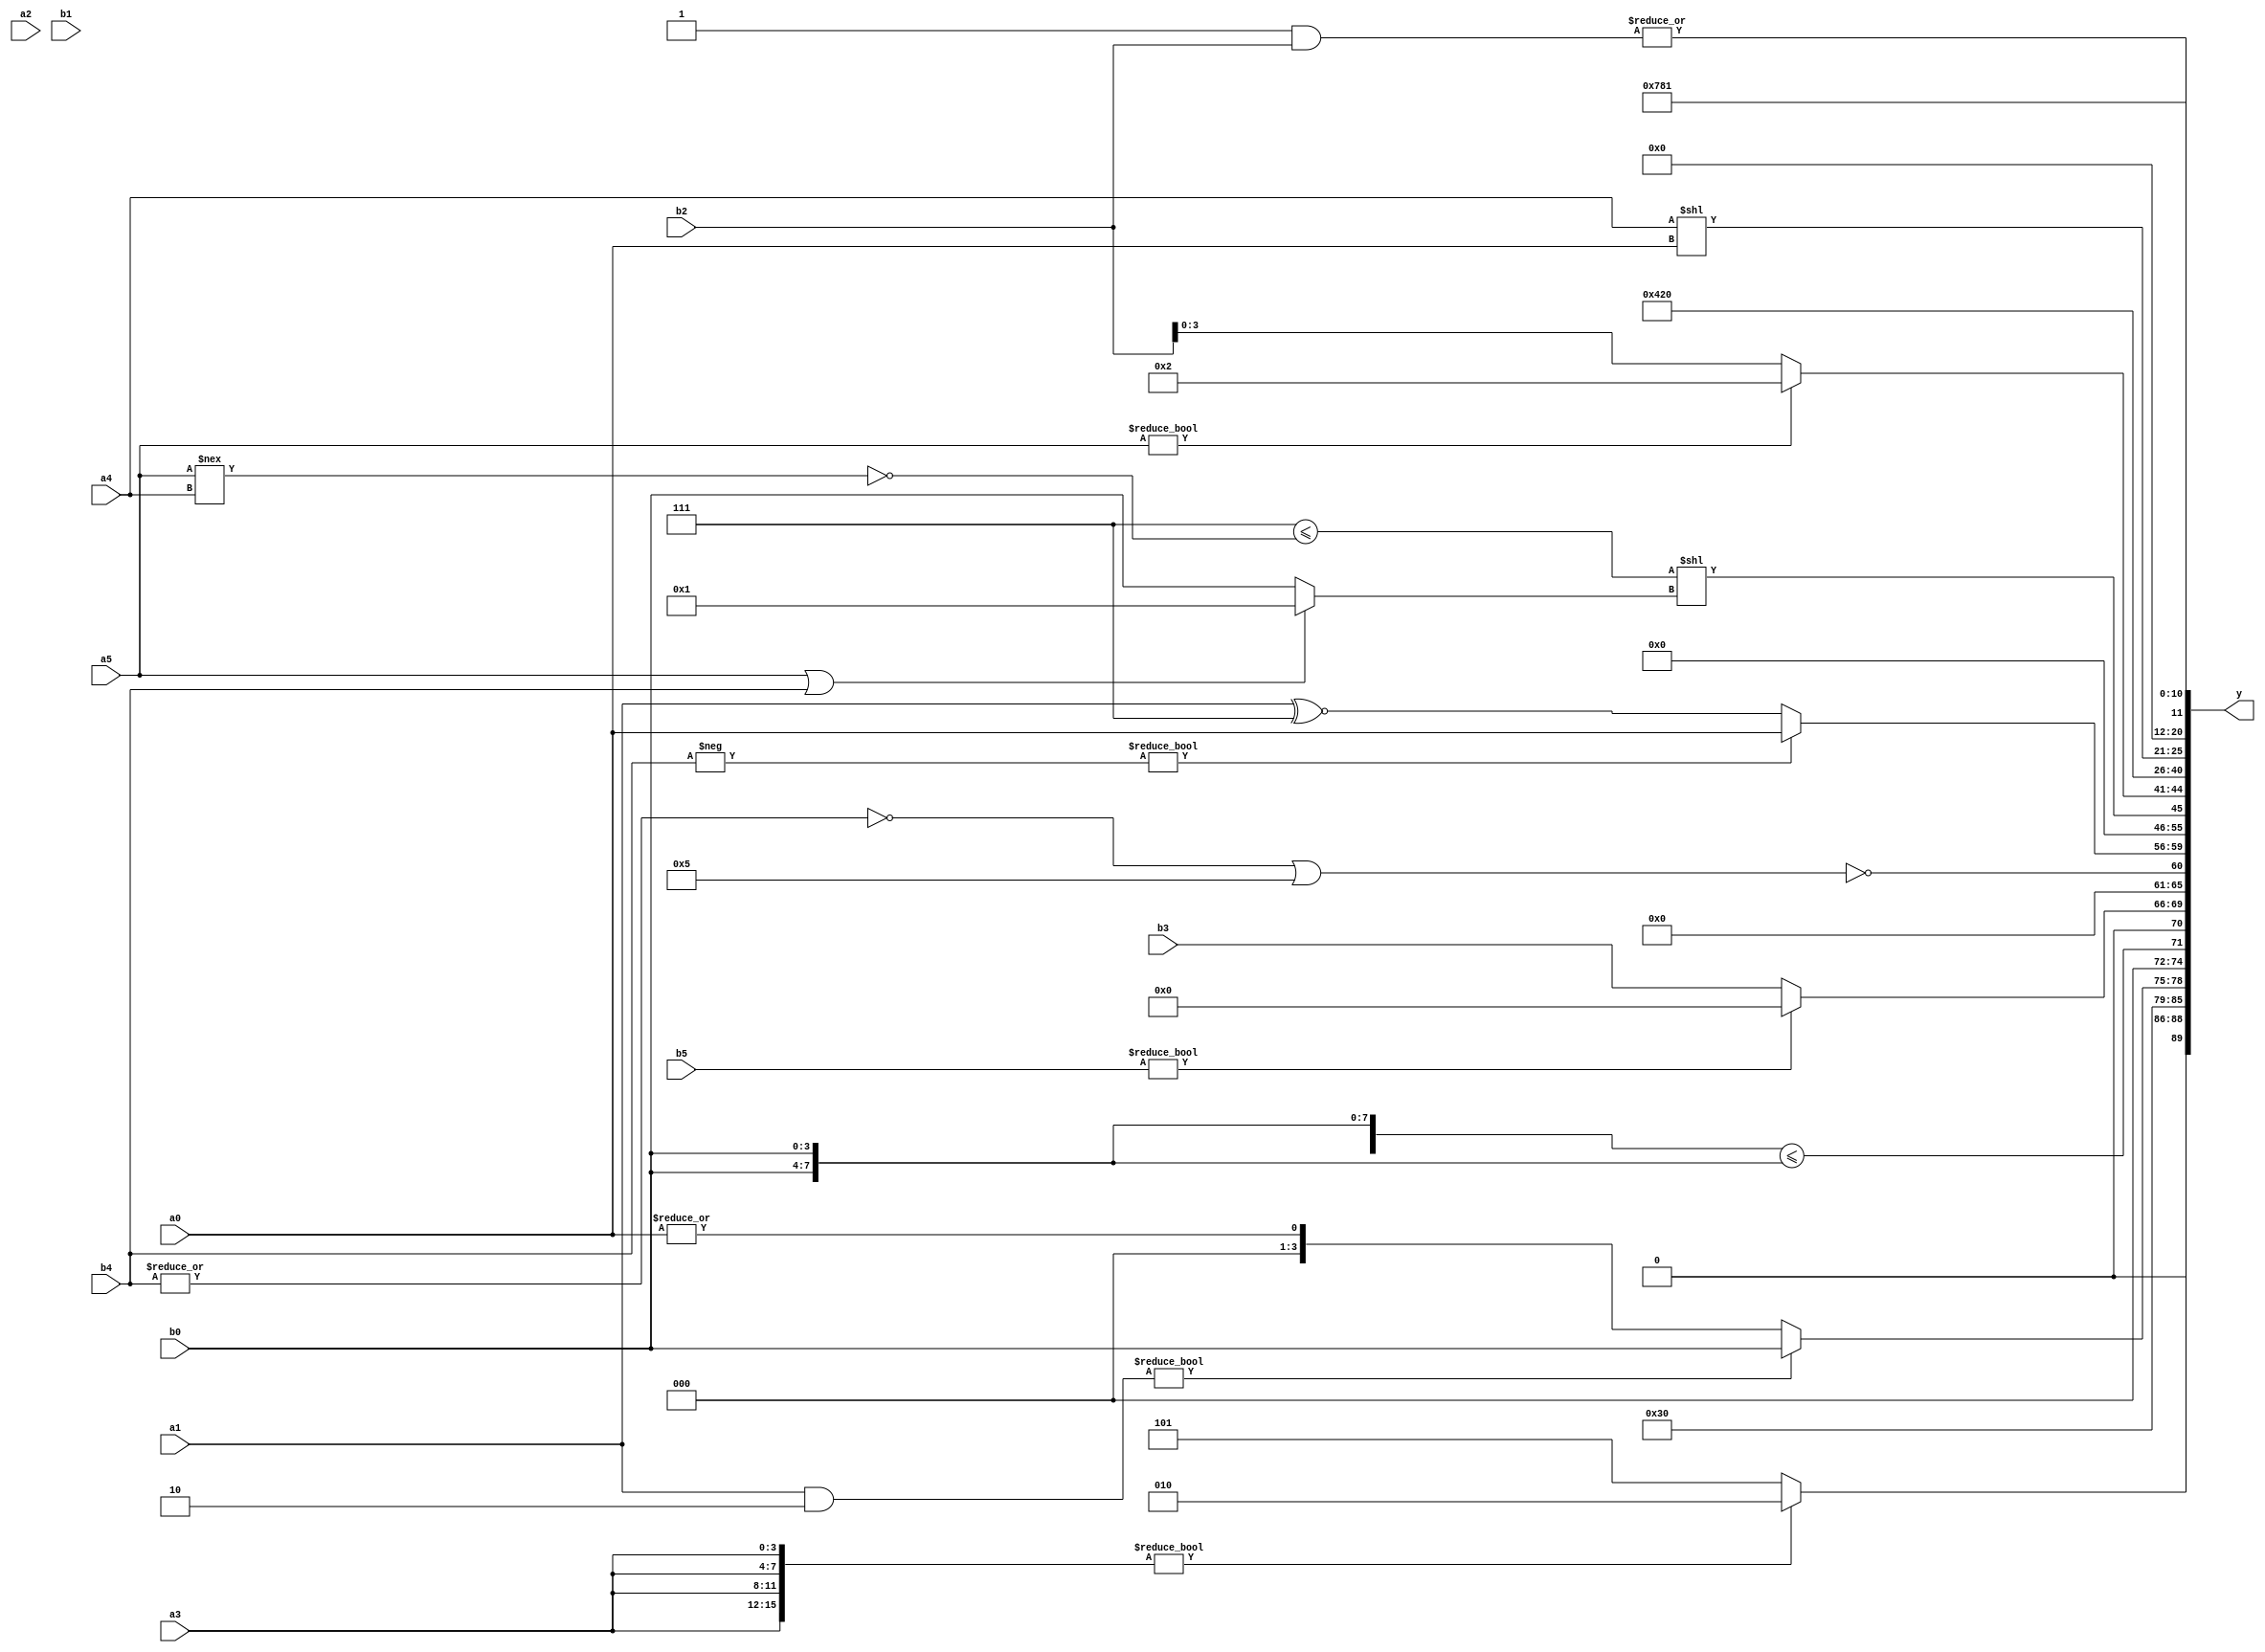
module expression_00121(a0, a1, a2, a3, a4, a5, b0, b1, b2, b3, b4, b5, y);
  input [3:0] a0;
  input [4:0] a1;
  input [5:0] a2;
  input signed [3:0] a3;
  input signed [4:0] a4;
  input signed [5:0] a5;

  input [3:0] b0;
  input [4:0] b1;
  input [5:0] b2;
  input signed [3:0] b3;
  input signed [4:0] b4;
  input signed [5:0] b5;

  wire [3:0] y0;
  wire [4:0] y1;
  wire [5:0] y2;
  wire signed [3:0] y3;
  wire signed [4:0] y4;
  wire signed [5:0] y5;
  wire [3:0] y6;
  wire [4:0] y7;
  wire [5:0] y8;
  wire signed [3:0] y9;
  wire signed [4:0] y10;
  wire signed [5:0] y11;
  wire [3:0] y12;
  wire [4:0] y13;
  wire [5:0] y14;
  wire signed [3:0] y15;
  wire signed [4:0] y16;
  wire signed [5:0] y17;

  output [89:0] y;
  assign y = {y0,y1,y2,y3,y4,y5,y6,y7,y8,y9,y10,y11,y12,y13,y14,y15,y16,y17};

  localparam [3:0] p0 = ((3'd2)||(3'sd3));
  localparam [4:0] p1 = (4'd2);
  localparam [5:0] p2 = (((4'd2 * (4'd15))>=(5'd2 * (2'd1)))>>(((4'd5)?(-5'sd8):(-5'sd13))?((5'd24)?(-4'sd5):(-2'sd1)):((5'd0)?(-3'sd0):(3'd4))));
  localparam signed [3:0] p3 = (~|((-3'sd2)?(5'd15):(5'd11)));
  localparam signed [4:0] p4 = {(3'd0)};
  localparam signed [5:0] p5 = {4{(((4'd11)!=(3'd2))-((3'd7)>=(5'd3)))}};
  localparam [3:0] p6 = ((5'd31)&(-3'sd0));
  localparam [4:0] p7 = ({2{(4'd7)}}?(|(~^(3'd3))):(~(|(-3'sd0))));
  localparam [5:0] p8 = ((2'sd0)?(5'd18):(-4'sd5));
  localparam signed [3:0] p9 = (-3'sd1);
  localparam signed [4:0] p10 = {3{((-3'sd0)!==(3'd3))}};
  localparam signed [5:0] p11 = {(~|(~^(4'sd4))),{{(5'd6)}},((3'd7)^(-4'sd5))};
  localparam [3:0] p12 = (~&(~(^(2'sd1))));
  localparam [4:0] p13 = (~&((~^((-5'sd7)?(-3'sd1):(2'd1)))?(!((5'd1)&&(2'd1))):((|(2'd0))|((-2'sd0)-(-4'sd7)))));
  localparam [5:0] p14 = (2'd3);
  localparam signed [3:0] p15 = (-5'sd11);
  localparam signed [4:0] p16 = ((((5'd27)-(3'd6))?((2'd2)?(-3'sd0):(-2'sd0)):((-5'sd5)!=(3'd7)))+(((3'd2)?(2'd3):(5'sd9))?{2{(4'sd5)}}:((-4'sd1)?(2'd1):(4'd1))));
  localparam signed [5:0] p17 = ((((2'd2)>=(4'd4))===((-4'sd4)&(4'd9)))<<<{((-2'sd1)<<<(-2'sd1)),((5'd20)<(2'sd0)),((-3'sd2)^~(3'd2))});

  assign y0 = ({4{a3}}?{2{(5'd2 * p0)}}:{{1{(p2?b4:p15)}}});
  assign y1 = $signed(p11);
  assign y2 = ((a1&p1)?{p2,p4,b0}:(|a0));
  assign y3 = (^$signed(((&(({3{b0}}<={2{b0}}))))));
  assign y4 = (b5?p2:b3);
  assign y5 = (~|$unsigned(((~|b4)||$unsigned(p15))));
  assign y6 = ((4'd8)?((-b4)?(p11?a0:a3):(a1^~p10)):((-(3'd6))>(3'd0)));
  assign y7 = (~|(-{1{(~|(-5'sd0))}}));
  assign y8 = (|(~&(~(+{(-({((p3?p3:p10)<=(~&(a5!==a4)))}<<((a5||b4)?(b3==b3):(p7?b0:a1))))}))));
  assign y9 = {$signed((~p14)),(a5?p1:b2)};
  assign y10 = ((3'd6)!==(2'sd1));
  assign y11 = {$signed((3'sd2))};
  assign y12 = (2'sd0);
  assign y13 = {3{((p15?p5:p16)?(a5&&a5):(a4<<a0))}};
  assign y14 = ((~|({3{p14}}>>{4{p8}}))>{2{((p4+p14)-(p9>>p9))}});
  assign y15 = (|((+p13)&$signed(b2)));
  assign y16 = (5'd30);
  assign y17 = ({{{p2},(p16?p15:p16),(p1?p0:p8)}}?{({p14,p13,p0}?{p12}:(p13?p7:p5))}:{{p10,p10},(p7?p9:p13)});
endmodule